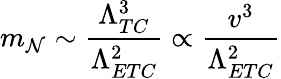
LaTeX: m_{\mathcal{N}}\sim{\frac{{\Lambda_{TC}^{3}}}{{\Lambda_{ETC}^{2}}}}\propto{\frac{{v^{3}}}{{\Lambda_{ETC}^{2}}}}